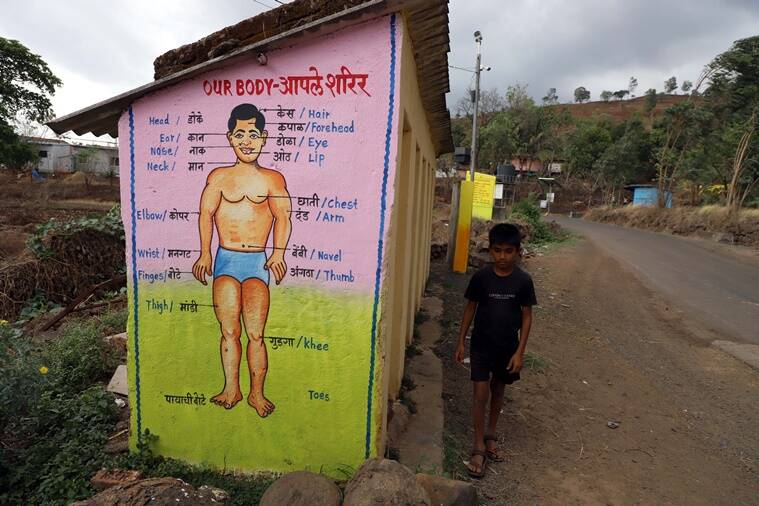
Language: marathi
Transcription: ओठ कान नाक मान केस डोळा/ मांडी गुडगा / पायाची बोटे दंड छाती कपाळ बेंबी बोटे डोके कोपर अंगठा/ मनगट